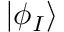
| \phi _ { I } \rangle